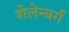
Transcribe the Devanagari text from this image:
शेलेन्बर्ग